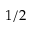
1 / 2